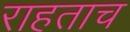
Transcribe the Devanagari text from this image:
राहताच